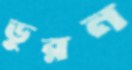
ডুরন